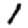
Digit: 1